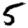
Digit: 5